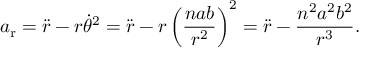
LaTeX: a _ { \mathrm { r } } = { \ddot { r } } - r { \dot { \theta } } ^ { 2 } = { \ddot { r } } - r \left( { \frac { n a b } { r ^ { 2 } } } \right) ^ { 2 } = { \ddot { r } } - { \frac { n ^ { 2 } a ^ { 2 } b ^ { 2 } } { r ^ { 3 } } } .